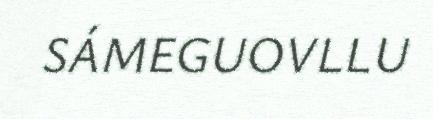
SÁMEGUOVLLU